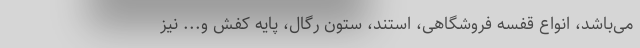
می‌باشد، انواع قفسه فروشگاهی، استند، ستون رگال، پایه کفش و... نیز